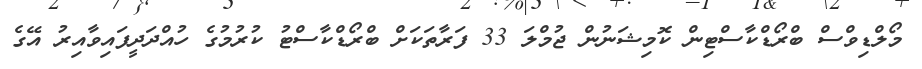
މޯލްޑިވްސް ބްރޯޑްކާސްޓިން ކޮމިޝަނުން ޖުމްލަ 33 ފަރާތަކަށް ބްރޯޑްކާސްޓު ކުރުމުގެ ހުއްދަދީފައިވާއިރު އޭގެ